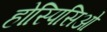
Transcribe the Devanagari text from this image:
होस्पिसिओ